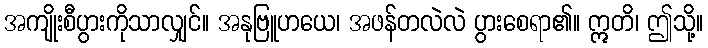
အကျိုးစီပွားကိုသာလျှင်။ အနုဗြူဟယေ၊ အဖန်တလဲလဲ ပွားစေရာ၏။ ဣတိ၊ ဤသို့။